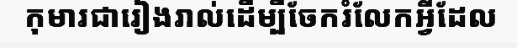
កុមារជារៀងរាល់ដើម្បីចែករំលែកអ្វីដែល